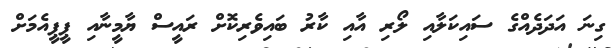
ގިނަ އަދަދެއްގެ ސައިކަލާއި ލޯރި އާއި ކާރު ބައިވެރިކޮށް ރައީސް ޔާމީނާއި ޕީޕީއެމަށް